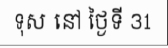
ទុស នៅ ថ្ងៃទី 31